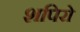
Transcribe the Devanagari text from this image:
शपिरो